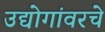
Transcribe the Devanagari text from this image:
उद्योगांवरचे